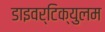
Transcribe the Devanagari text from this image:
डाइवर्टिक्युलम